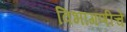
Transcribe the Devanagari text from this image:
विभागणीचे